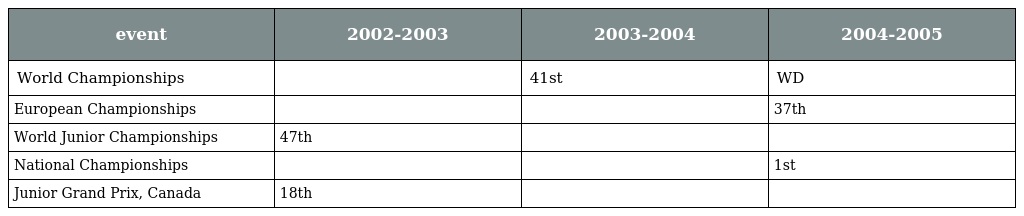
| event | 2002-2003 | 2003-2004 | 2004-2005 |
 | --- | --- | --- | --- |
 | World Championships |  | 41st | WD |
 | European Championships |  |  | 37th |
 | World Junior Championships | 47th |  |  |
 | National Championships |  |  | 1st |
 | Junior Grand Prix, Canada | 18th |  |  |